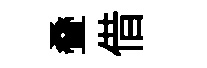
叠借